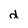
Character: d